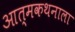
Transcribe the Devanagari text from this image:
आत्मकथनाला